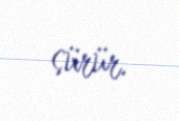
sürür.